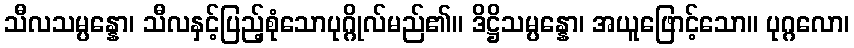
သီလသမ္ပန္နော၊ သီလနှင့်ပြည့်စုံသောပုဂ္ဂိုလ်မည်၏။ ဒိဋ္ဌိသမ္ပန္နော၊ အယူဖြောင့်သော။ ပုဂ္ဂလော၊